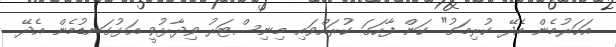
އަހަރުމެން އެދޭ ކުރިމަގު" ކަން ފާހަގަ ކުރައްވައި މިނިސްޓަރު ވިދާޅުވީ އަޅުގަނޑުމެން އެދޭ